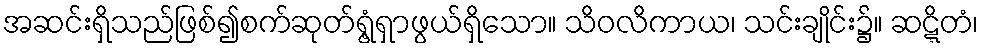
အဆင်းရှိသည်ဖြစ်၍စက်ဆုတ်ရွံ့ရှာဖွယ်ရှိသော။ သိဝလိကာယ၊ သင်းချိုင်း၌။ ဆဋ္ဋိတံ၊